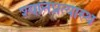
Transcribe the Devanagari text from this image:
श्यानप्रत्यास्थ